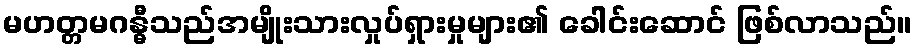
မဟတ္တမဂန္ဓီသည်အမျိုးသားလှုပ်ရှားမှုများ၏ ခေါင်းဆောင် ဖြစ်လာသည်။